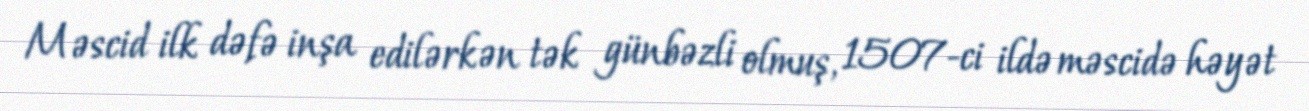
Məscid ilk dəfə inşa edilərkən tək günbəzli olmuş, 1507-ci ildə məscidə həyət